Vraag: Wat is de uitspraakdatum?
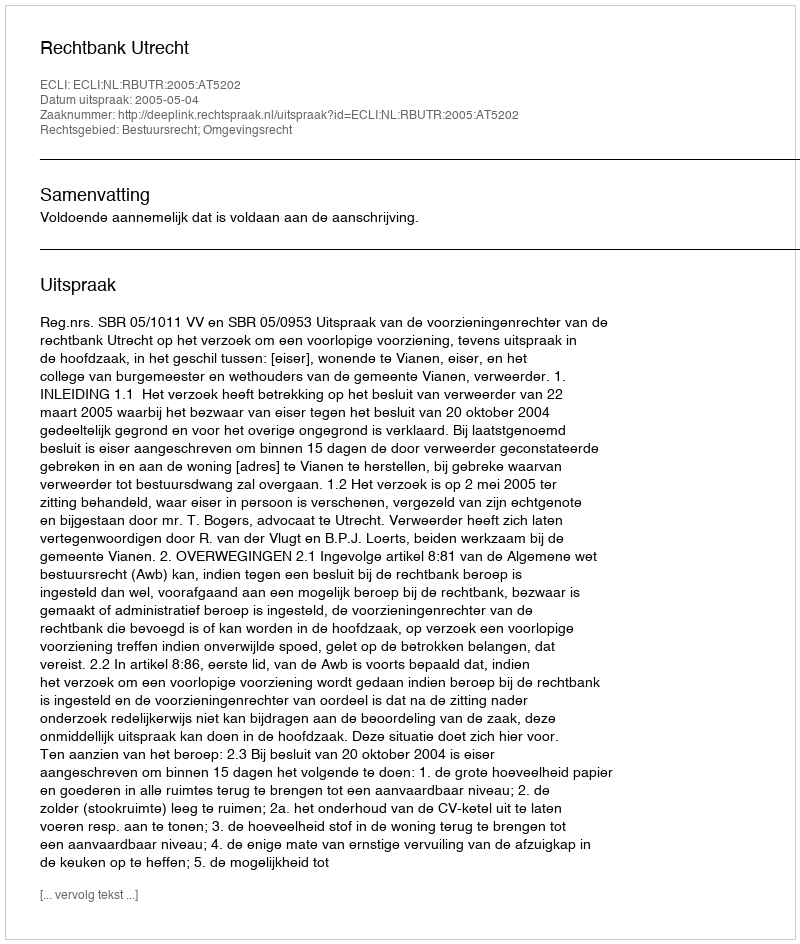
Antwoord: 2005-05-04